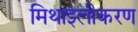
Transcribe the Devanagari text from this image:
मिथाइलीकरण